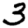
Digit: 3